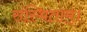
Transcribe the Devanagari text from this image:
संस्थिताम्‌।